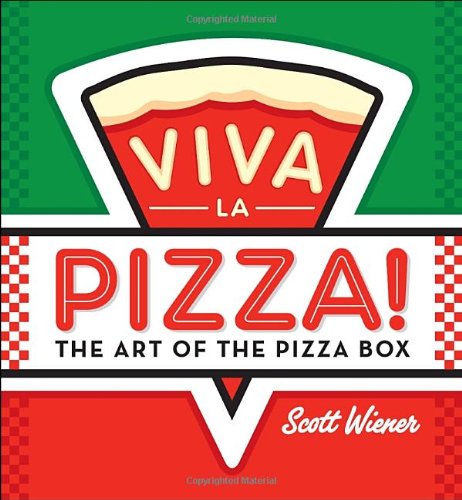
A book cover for Viva la Pizza!: The Art of the Pizza Box; Scott Wiener; Cookbooks, Food & Wine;